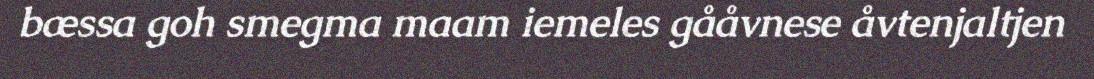
bæssa goh smegma maam iemeles gååvnese åvtenjaltjen